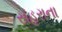
સહરાના